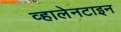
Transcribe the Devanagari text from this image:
व्हालेनटाइन